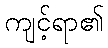
ကျင့်ရာ၏